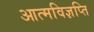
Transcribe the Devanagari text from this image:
आत्मविज्ञप्ति